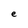
Character: e